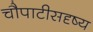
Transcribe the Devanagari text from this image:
चौपाटीसदृष्य